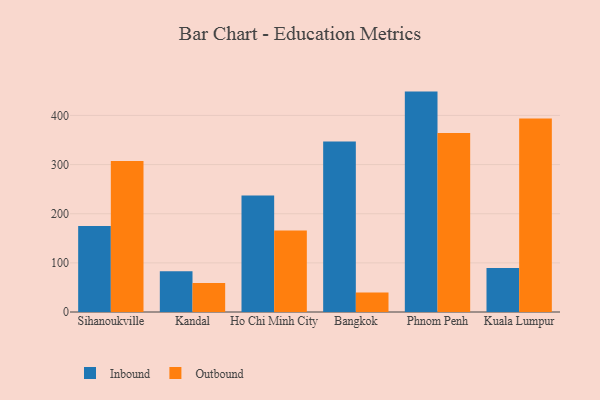
{"axis": {"x": "City", "y": "Market Share (%)"}, "legend": ["Inbound", "Outbound"], "data": [{"x": "Sihanoukville", "y": 175.1, "type": "Inbound"}, {"x": "Sihanoukville", "y": 307.3, "type": "Outbound"}, {"x": "Kandal", "y": 83.0, "type": "Inbound"}, {"x": "Kandal", "y": 58.9, "type": "Outbound"}, {"x": "Ho Chi Minh City", "y": 237.3, "type": "Inbound"}, {"x": "Ho Chi Minh City", "y": 165.7, "type": "Outbound"}, {"x": "Bangkok", "y": 346.8, "type": "Inbound"}, {"x": "Bangkok", "y": 39.6, "type": "Outbound"}, {"x": "Phnom Penh", "y": 448.5, "type": "Inbound"}, {"x": "Phnom Penh", "y": 364.3, "type": "Outbound"}, {"x": "Kuala Lumpur", "y": 89.3, "type": "Inbound"}, {"x": "Kuala Lumpur", "y": 393.8, "type": "Outbound"}]}